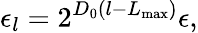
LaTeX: \epsilon_{l}=2^{D_{0}\left(l-L_{\operatorname*{max}}\right)}\epsilon,